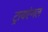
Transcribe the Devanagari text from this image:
ट्रायएंगल